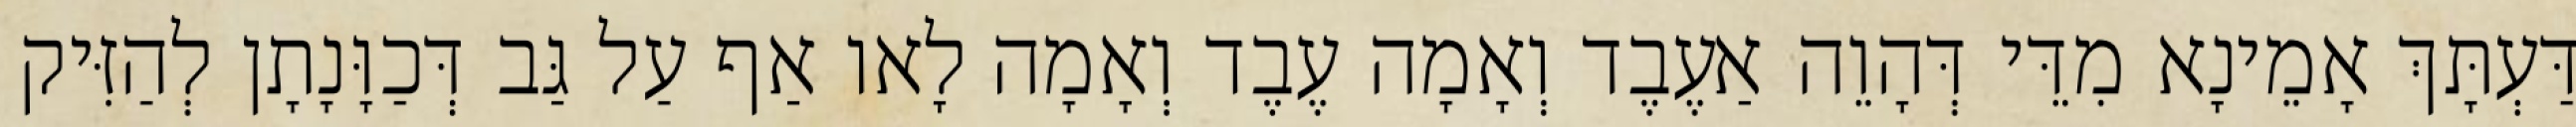
דַּעְתָּךְ אָמֵינָא מִדֵּי דְּהָוֵה אַעֶבֶד וְאָמָה עֶבֶד וְאָמָה לָאו אַף עַל גַּב דְּכַוָּנָתָן לְהַזִּיק